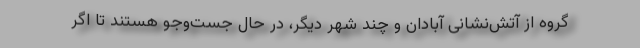
گروه از آتش‌نشانی آبادان و چند شهر دیگر، در حال جست‌وجو هستند تا اگر